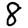
Digit: 8